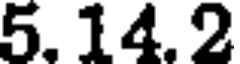
5. 14.2